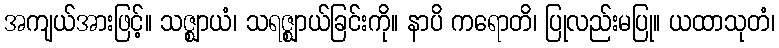
အကျယ်အားဖြင့်။ သဇ္ဈာယံ၊ သရဇ္ဈာယ်ခြင်းကို။ နာပိ ကရောတိ၊ ပြုလည်းမပြု။ ယထာသုတံ၊